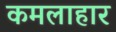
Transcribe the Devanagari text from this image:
कमलाहार